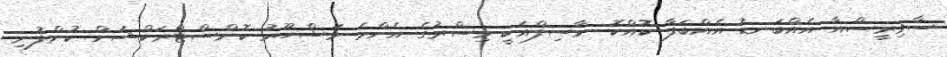
ސާވިރީސްއާ އެއްބަނޑު އެއްބަފާ ކޮއްކޮ ނާސިފްއަކީ މިސްރުގެ އެންމެ މަޝްހޫރު ކޮންސްޓްރަކްޝަން ކުންފުނި